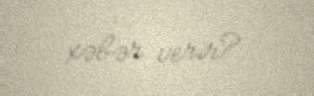
xəbər verir?..